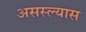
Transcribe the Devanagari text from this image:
असस्ल्यास